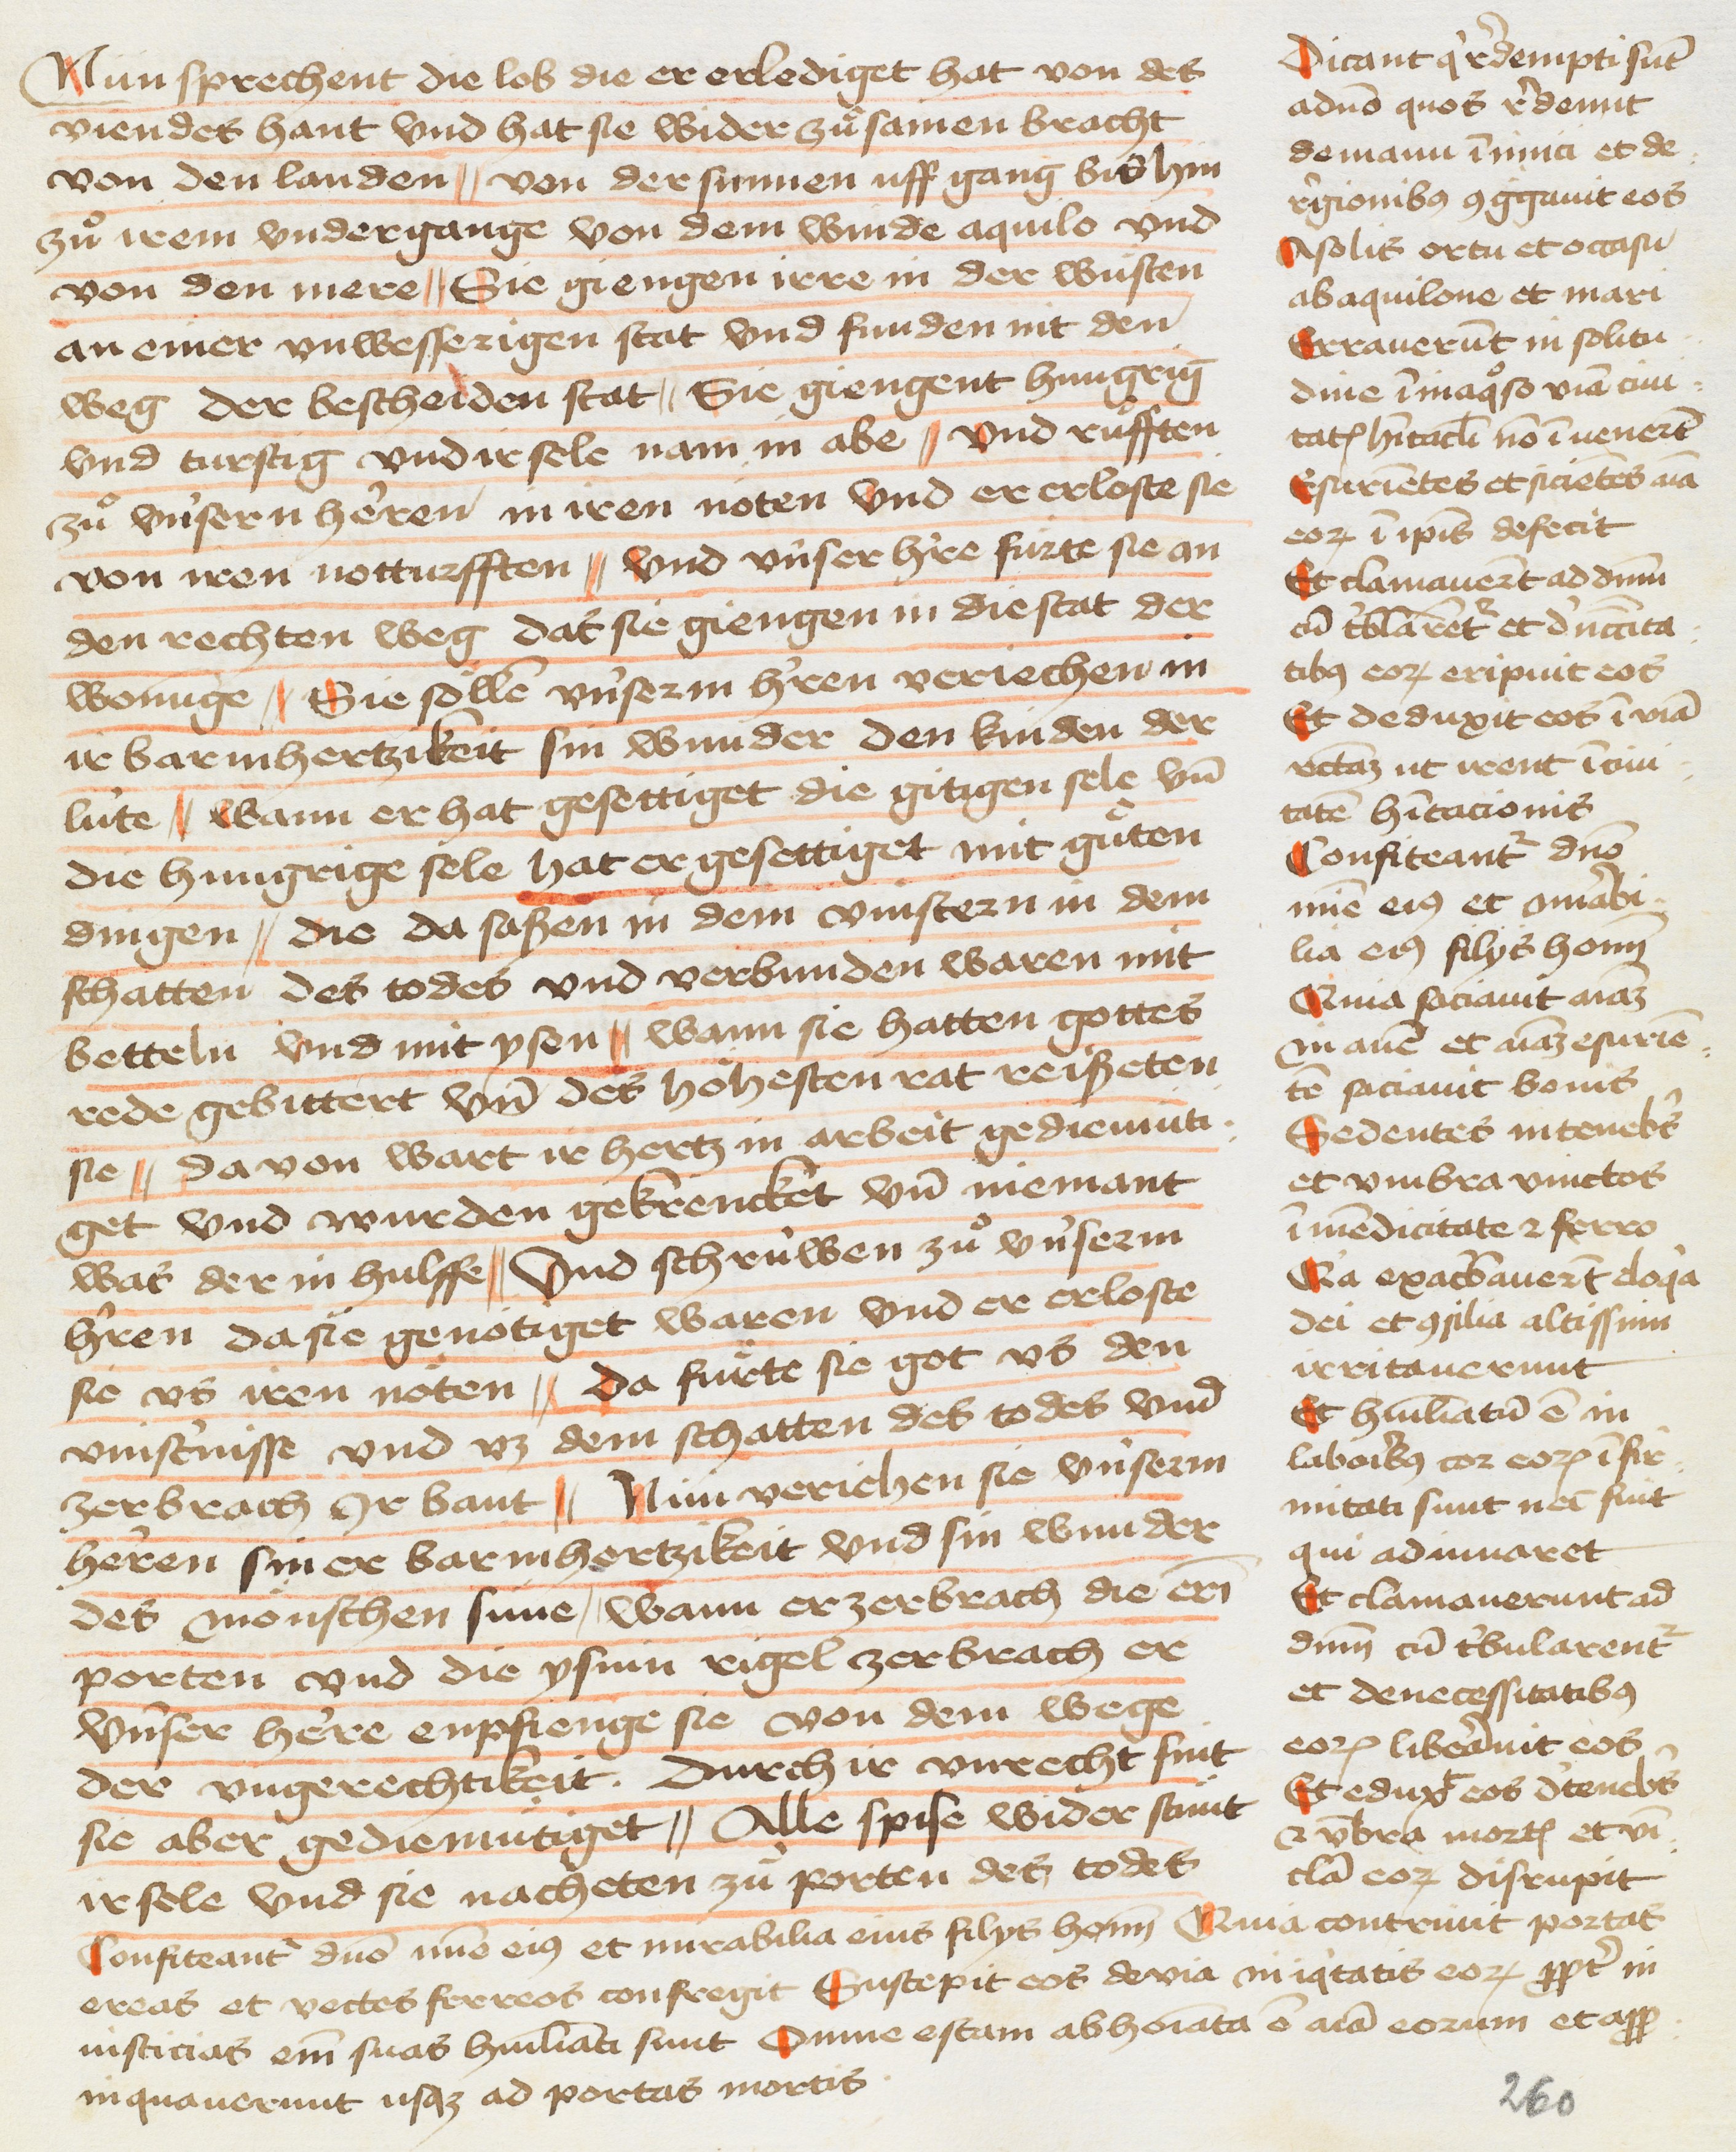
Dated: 1445–1475